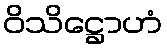
ဝိသိဋ္ဌောဟံ